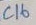
Text: C16